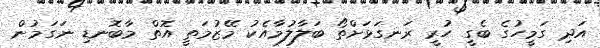
އަދި ގަމީހުގެ ބެގީ ހުރީ ރަނގަޅަށްތޯ ބަލާލުމާއެކު މޭޒުމަތީ އޮތް މާބޮނޑި ނަގަމުން